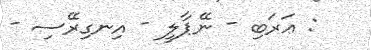
: ޢަރަބި - ނޭޕާލީ - އިނގިރޭސި -